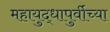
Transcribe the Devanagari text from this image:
महायुद्धापुर्वीच्या